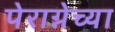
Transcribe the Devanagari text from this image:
पेराग्नेच्या